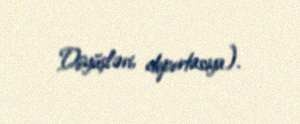
Döyüşləri, deportasiya).